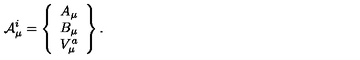
{ \cal A } _ { \mu } ^ { i } = \left\{ \begin{array} { c c c } { A _ { \mu } } \\ { B _ { \mu } } \\ { V _ { \mu } ^ { a } } \\ \end{array} \right\} .